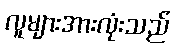
လူများအားလုံးသည်